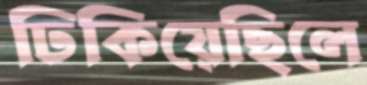
ঢিকিয়েছিলে